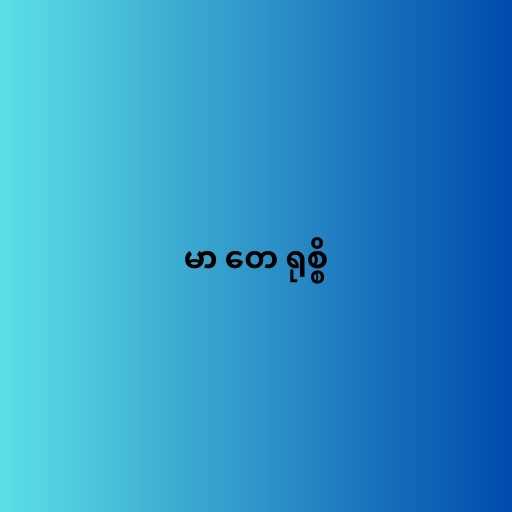
မာ တေ ရုစ္စိ